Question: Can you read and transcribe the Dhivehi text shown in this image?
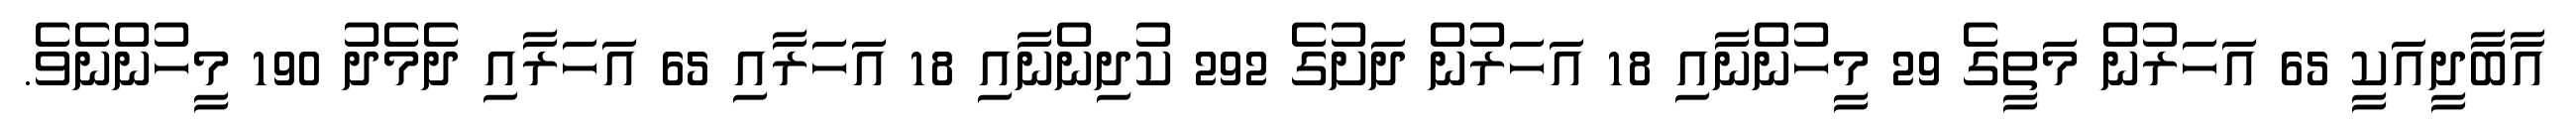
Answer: އާބާދީއަކީ 65 އަހަރުން މަތީގެ 29 މީހުންނާއި 18 އަހަރުން ދަށުގެ 292 ކުދިންނާއި 18 އަހަރާއި 65 އަހަރާއި ދެމެދު 190 މީހުންނެވެ.